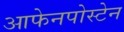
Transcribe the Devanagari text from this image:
आफेनपोस्टेन